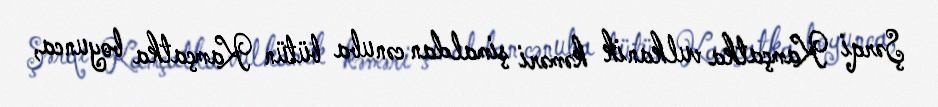
Şərqi Kamçatka vulkanik kəməri şimaldan cənuba bütün Kamçatka boyunca,